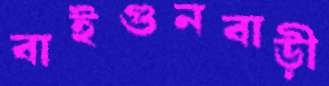
বাইগুনবাড়ী